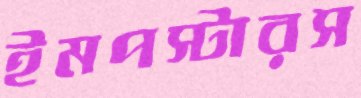
ইমপস্টারস